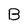
Character: B